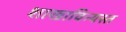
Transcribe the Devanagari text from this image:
शाखाविन्यस्त